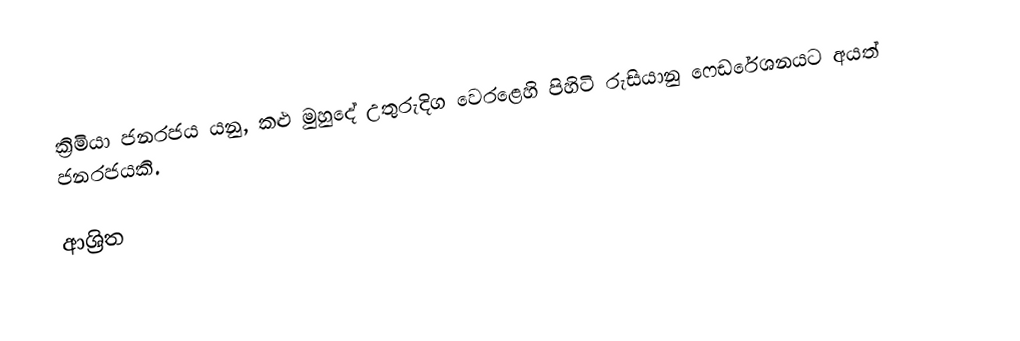
ක්‍රිමියා ජනරජය යනු, කළු මුහුදේ උතුරුදිග වෙරළෙහි පිහිටි  රුසියානු ෆෙඩරේශනයට අයත් ජනරජයකි.

ආශ්‍රිත